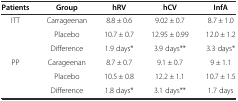
<table><thead><tr><td><b>Patients</b></td><td><b>Group</b></td><td><b>hRV</b></td><td><b>hCV</b></td><td><b>InfA</b></td></tr></thead><tbody><tr><td rowspan="2">ITT</td><td>Carrageenan</td><td>8.8 ± 0.6</td><td>9.02 ± 0.7</td><td>8.7 ± 1.0</td></tr><tr><td>Placebo</td><td>10.7 ± 0.7</td><td>12.95 ± 0.99</td><td>12.0 ± 1.2</td></tr><tr><td></td><td>Difference</td><td>1.9 days*</td><td>3.9 days**</td><td>3.3 days*</td></tr><tr><td rowspan="2">PP</td><td>Carageenan</td><td>8.7 ± 0.7</td><td>9.1 ± 0.7</td><td>9 ± 1.1</td></tr><tr><td>Placebo</td><td>10.5 ± 0.8</td><td>12.2 ± 1.1</td><td>10.7 ± 1.5</td></tr><tr><td></td><td>Difference</td><td>1.8 days*</td><td>3.1 days**</td><td>1.7 days</td></tr></tbody></table>